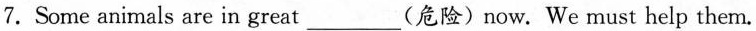
7.Some animals are in great___ (危险)now. We must help them.